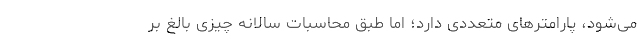
می‌شود، پارامترهای متعددی دارد؛ اما طبق محاسبات سالانه چیزی بالغ بر